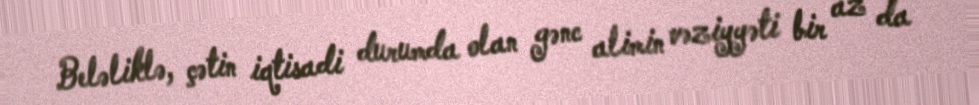
Beləliklə, çətin iqtisadi durumda olan gənc alimin vəziyyəti bir az da